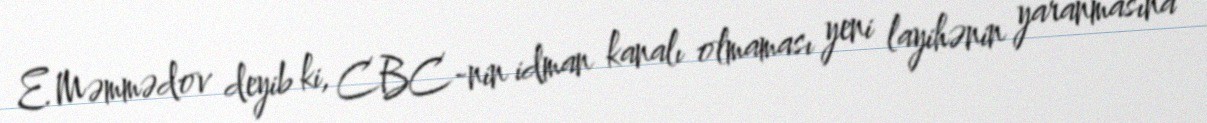
E.Məmmədov deyib ki, CBC-nin idman kanalı olmaması yeni layihənin yaranmasına